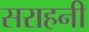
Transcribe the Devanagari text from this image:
सराहनी